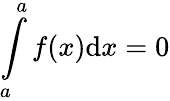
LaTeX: \int\limits_{a}^{a}f(x)\mathrm{d}x=0